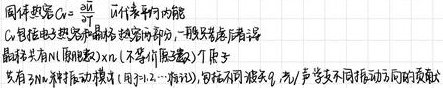
固体热容 $C_{V}=\frac{\partial U}{\partial T}$，在什么范围内，$C_{V}$ 能包括电子热容和晶格热容两部分。一般来说，后者为主。最开始有 $N$ 个振动模 $\nu_{i}(x)$（不写作 $\nu_{i}$ 因子），每个振子对应有 $3N$ 种振动模式，不同振动模式对应不同波矢 $\vec{q}_{i}$ 与声学不同振动方向的项式。